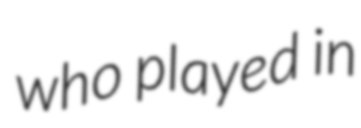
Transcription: who played in